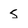
Character: 5